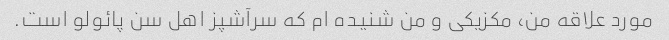
مورد علاقه من، مکزیکی و من شنیده ام که سرآشپز اهل سن پائولو است.